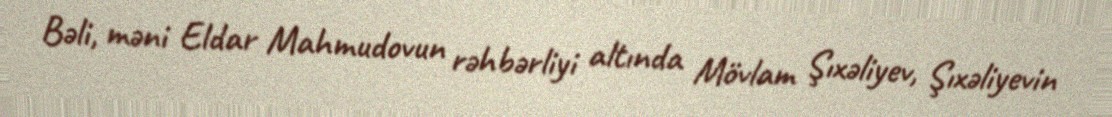
Bəli, məni Eldar Mahmudovun rəhbərliyi altında Mövlam Şıxəliyev, Şıxəliyevin